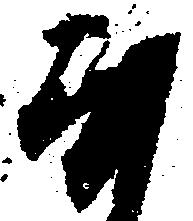
な